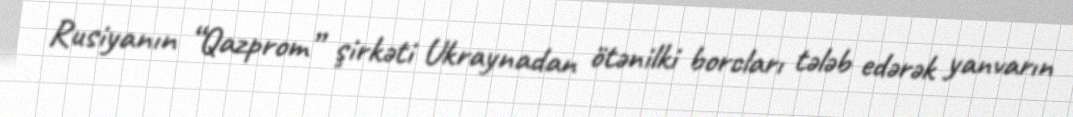
Rusiyanın “Qazprom” şirkəti Ukraynadan ötənilki borcları tələb edərək yanvarın